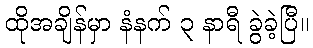
ထိုအချိန်မှာ နံနက် ၃ နာရီ ခွဲခဲ့ပြီ။